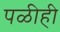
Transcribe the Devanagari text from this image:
पळीही